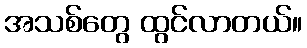
အသစ်တွေ ထွင်လာတယ်။